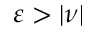
\varepsilon > | \nu |